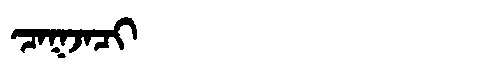
Manchu: ᠴᠠᡴᠵᠠᠴᡳ
Romanization: CAKJACI